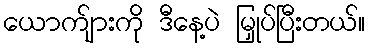
ယောက်ျားကို ဒီနေ့ပဲ မြှုပ်ပြီးတယ်။